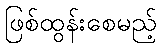
ဖြစ်ထွန်းစေမည့်